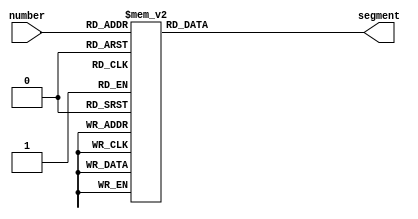
module SevenSegDriver(
	input 		[3:0] number,
	output reg	[6:0]	segment
);
	always@(number)
	begin
		case(number)
			4'b1111: begin //0
				segment = 7'b1000000; end
			4'b1110: begin	//1
				segment = 7'b1111001; end
			4'b1101: begin	//2
				segment = 7'b0100100; end
			4'b1100: begin	//3
				segment = 7'b0110000; end
			4'b1011: begin	//4
				segment = 7'b0011001; end
			4'b1010: begin	//5
				segment = 7'b0010010; end
			4'b1001: begin	//6
				segment = 7'b0000010; end
			4'b1000: begin	//7
				segment = 7'b1111000; end
			4'b0111: begin	//8
				segment = 7'b0000000; end
			4'b0110: begin	//9
				segment = 7'b0010000; end
			4'b0101: begin	//A
				segment = 7'b0001000; end
			4'b0100: begin	//B
				segment = 7'b0000011; end
			4'b0011: begin	//C
				segment = 7'b1000110; end
			4'b0010: begin	//D
				segment = 7'b0100001; end
			4'b0001: begin	//E
				segment = 7'b0000110; end
			4'b0000: begin	//F
				segment = 7'b0001110; end
			default: begin //display nothing
				segment = 7'b1111111; end
		endcase
	end
endmodule